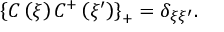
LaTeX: \left\{ C \left( \xi \right) C ^ { + } \left( \xi ^ { \prime } \right) \right\} _ { + } = \delta _ { \xi \xi ^ { \prime } } .